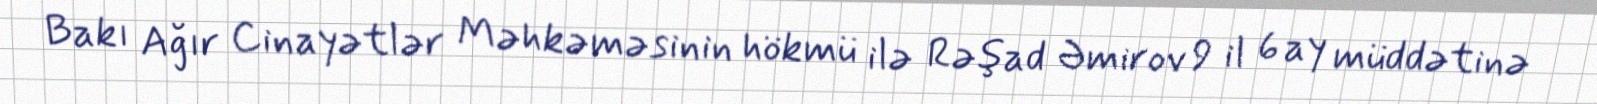
Bakı Ağır Cinayətlər Məhkəməsinin hökmü ilə Rəşad Əmirov 9 il 6 ay müddətinə